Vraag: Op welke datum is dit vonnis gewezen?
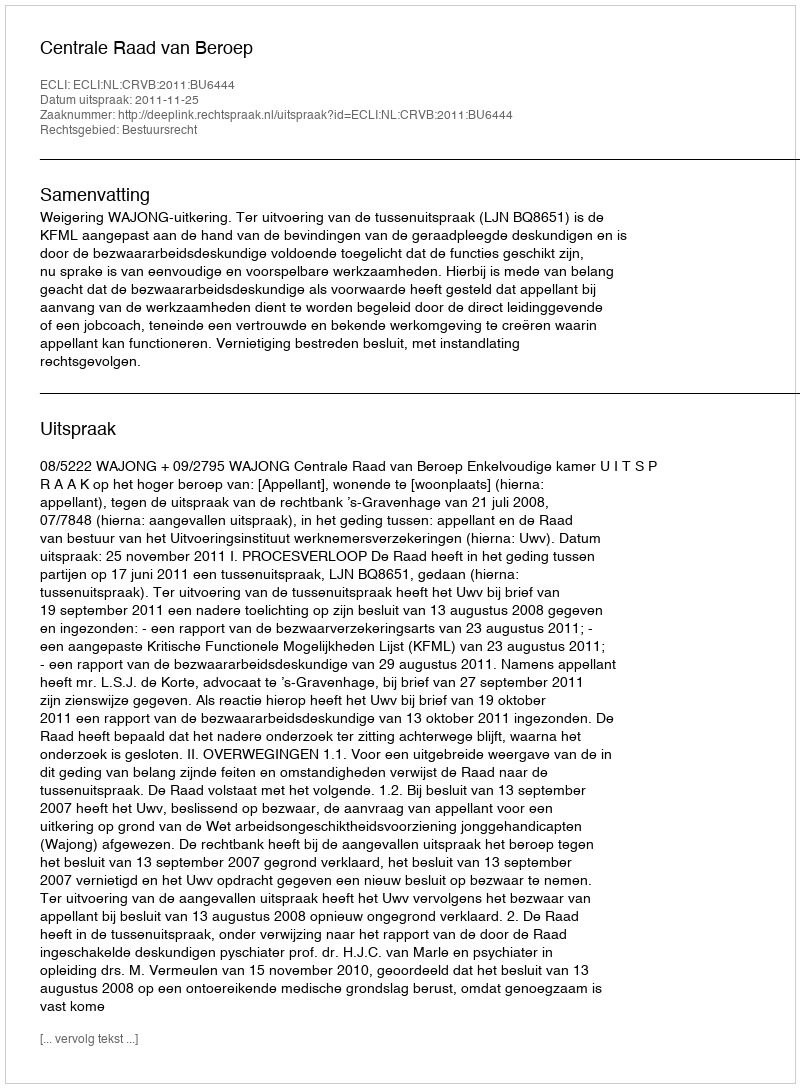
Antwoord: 2011-11-25